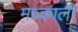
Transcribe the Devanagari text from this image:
मध्काली